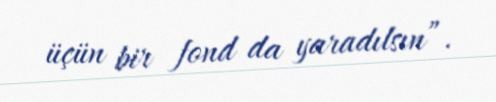
üçün bir fond da yaradılsın”.